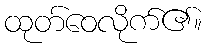
ထုတ်ဝေလိုက်၏။